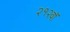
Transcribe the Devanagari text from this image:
२१२वॉ